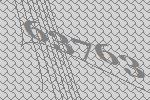
63763